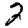
Digit: 2